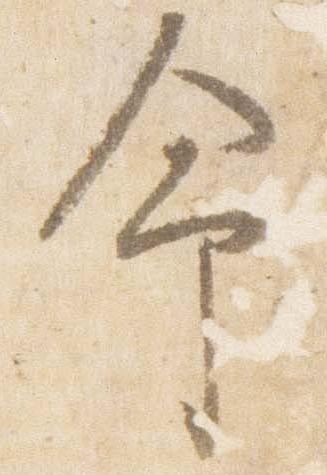
命